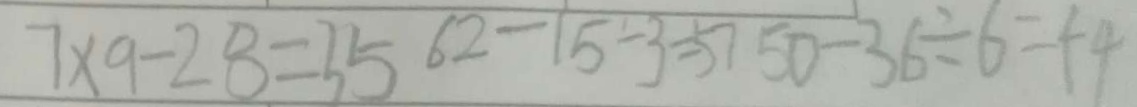
7 \times 9 - 2 8 = 3 5 6 2 - 1 5 - 3 = 5 7 5 0 - 3 6 \div 6 = 4 4